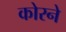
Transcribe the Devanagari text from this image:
कोरने